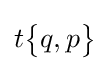
t{\begin{Bmatrix}q,p\end{Bmatrix}}